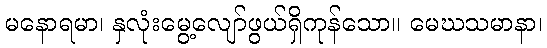
မနောရမာ၊ နှလုံးမွေ့လျော်ဖွယ်ရှိကုန်သော။ မေဃသမာနာ၊